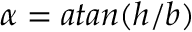
\alpha = a t a n ( h / b )